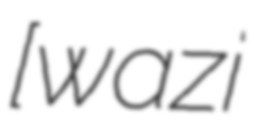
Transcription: [ʃwazi